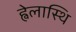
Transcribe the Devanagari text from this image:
ह्वेलास्थि